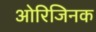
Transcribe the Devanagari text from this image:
ओरिजिनक